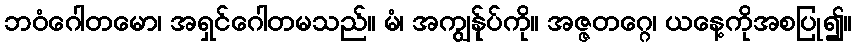
ဘဝံဂေါတမော၊ အရှင်ဂေါတမသည်။ မံ၊ အကျွန်ုပ်ကို။ အဇ္ဇတဂ္ဂေ၊ ယနေ့ကိုအစပြု၍။